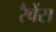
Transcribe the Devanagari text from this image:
रैवेंस